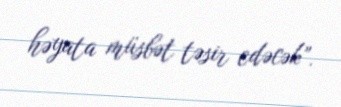
həyata müsbət təsir edəcək”.